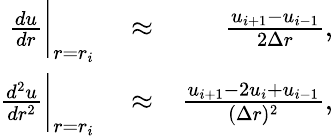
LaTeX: \begin{array}{rlr}{\frac{du}{dr}\bigg|_{r=r_{i}}}&{{}\approx}&{\frac{u_{i+1}-u_{i-1}}{2\Delta r},}\\ {\frac{d^{2}u}{dr^{2}}\bigg|_{r=r_{i}}}&{{}\approx}&{\frac{u_{i+1}-2u_{i}+u_{i-1}}{(\Delta r)^{2}},}\end{array}